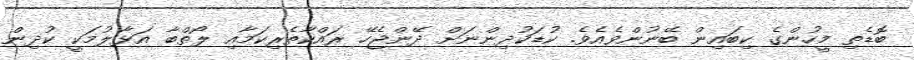
ބޮޑެތި މީހުންގެ ކިބައިން ބޭނުންވެއެވެ. ކުޑަކުދިންނަށް ދޭންޖެހޭ ރައްކާތެރިކަމާއި ލޯތްބާ އަޅާލުމަކީ ކުދިން